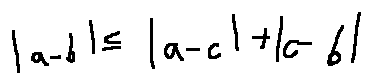
| a - b | \leq | a - c | + | c - b |